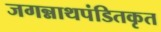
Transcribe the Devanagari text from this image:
जगन्नाथपंडितकृत